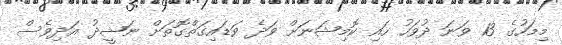
މިމަހުގެ 13 ވަނަ ދުވަހު ހައި ކޮމިޝަނަށް ވަދެ ވަޑައިގަތްގޮތަށް ނަޝީދު އަދިވެސް